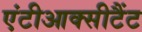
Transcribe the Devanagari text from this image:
एंटीआक्सीटैंट